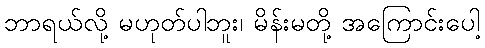
ဘာရယ်လို့ မဟုတ်ပါဘူး၊ မိန်းမတို့ အကြောင်းပေါ့